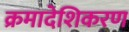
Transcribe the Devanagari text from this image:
क्रमादेशिकरण